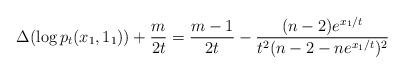
LaTeX: \begin{align*}\Delta(\log p_t(x_1,1_1))+\frac{m}{2t} = \frac{m-1}{2t}-\frac{(n-2)e^{x_1/t}}{t^2(n-2-ne^{x_1/t})^2}\end{align*}